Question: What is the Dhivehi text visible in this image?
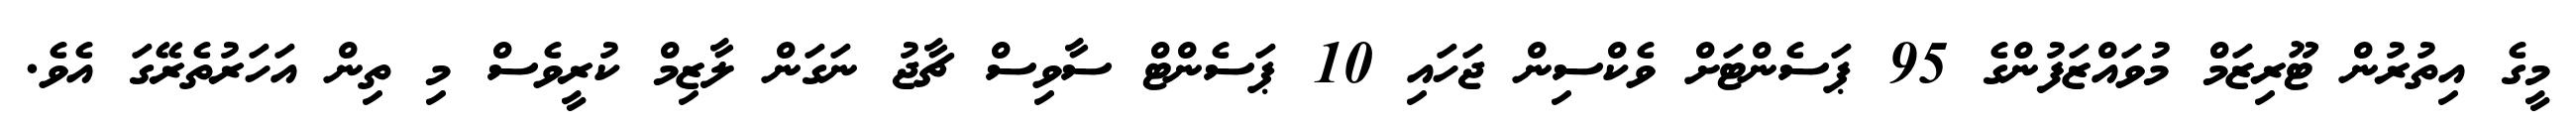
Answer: މީގެ އިތުރުން ޓޫރިޒަމް މުވައްޒަފުންގެ 95 ޕަސެންޓަށް ވެކްސިން ޖަހައި 10 ޕަސެންޓް ސާވިސް ޗާޖު ނަގަން ލާޒިމް ކުރީވެސް މި ތިން އަހަރުތެރޭގަ އެވެ.